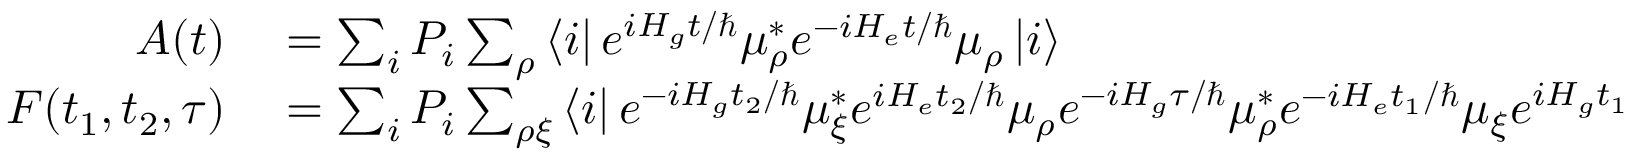
\begin{array} { r l } { A ( t ) } & { { } = \sum _ { i } P _ { i } \sum _ { \rho } \left\langle i \right\rvert e ^ { i H _ { g } t / \hbar } \mu _ { \rho } ^ { * } e ^ { - i H _ { e } t / \hbar } \mu _ { \rho } \left\lvert i \right\rangle } \\ { F ( t _ { 1 } , t _ { 2 } , \tau ) } & { { } = \sum _ { i } P _ { i } \sum _ { \rho \xi } \left\langle i \right\rvert e ^ { - i H _ { g } t _ { 2 } / \hbar } \mu _ { \xi } ^ { * } e ^ { i H _ { e } t _ { 2 } / \hbar } \mu _ { \rho } e ^ { - i H _ { g } \tau / \hbar } \mu _ { \rho } ^ { * } e ^ { - i H _ { e } t _ { 1 } / \hbar } \mu _ { \xi } e ^ { i H _ { g } t _ { 1 } / \hbar } e ^ { i H _ { g } \tau / \hbar } \left\lvert i \right\rangle . } \end{array}